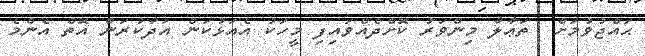
ޙައްޖުވުމަށް  ތަޢާލާ މިންވަރު ކޮށްދެއްވައިފި މީހަކު އެއަޅުކަން އަދާކުރަން އޮތް އެންމެ